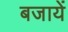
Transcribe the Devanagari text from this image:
बजायें